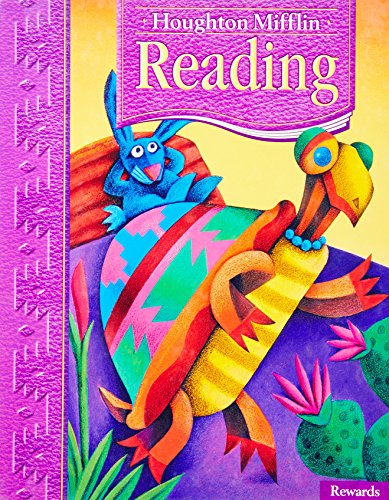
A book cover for Reading Rewards, Level 3.1 (Houghton Mifflin Reading); HOUGHTON MIFFLIN; Children's Books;